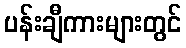
ပန်းချီကားများတွင်